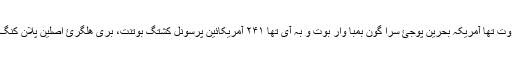
بہ ۱۹۸۳ سالئ اکتبر ۲۳ تاریخا کہ لبنان، بیروت تھا آمریکہ بحرین پوجئ سرا گون بمبا وار بوت و بہ آی تھا ۲۴۱ آمریکائین پرسونل کشتگ بوتنت، بری ھلگرئ اصلین پلان کنگ و تسر کنگئ تھا شکر اھمین کوتئ داشتگیت۔